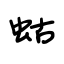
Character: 蛄